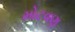
મોટવણ